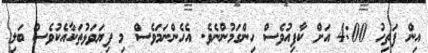
އިން ފަތިހު 4:00 އަށް ކާފިއުވެސް ހިންގަމުންނެވެ. އެހެންނަމަވެސް މި ފިޔަވަޅުތަކާއެކުވެސް ބަލި